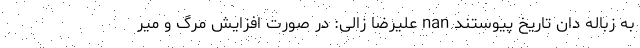
به زباله دان تاریخ پیوستند nan علیرضا زالی: در صورت افزایش مرگ و میر